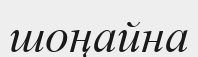
шоңайна